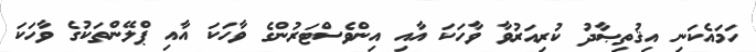
ހަމައެކަނި އިޤުތިޞާދު ކުރިއަރުވާ ވާހަކަ އާއި އިންވެސްޓަރުންގެ ވާހަކަ އާއި ޕްލޭންތަކުގެ ވާހަކަ